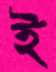
ই